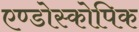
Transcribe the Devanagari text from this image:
एण्डोस्कोपिक